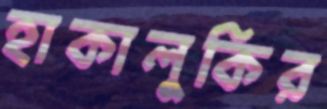
হাকালুকির